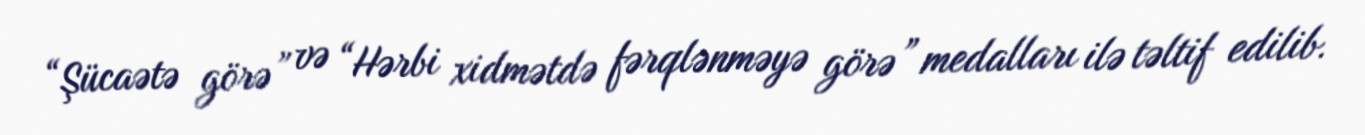
“Şücaətə görə” və “Hərbi xidmətdə fərqlənməyə görə” medalları ilə təltif edilib.